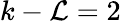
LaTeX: k-\mathcal{L}=2